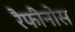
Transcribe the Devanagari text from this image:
रैफीनोस